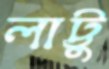
লাট্টু